Annual report of the Punjab Veterinary College and of the Civil Veterinary Department, Punjab - 1926-1932
Year: 1926
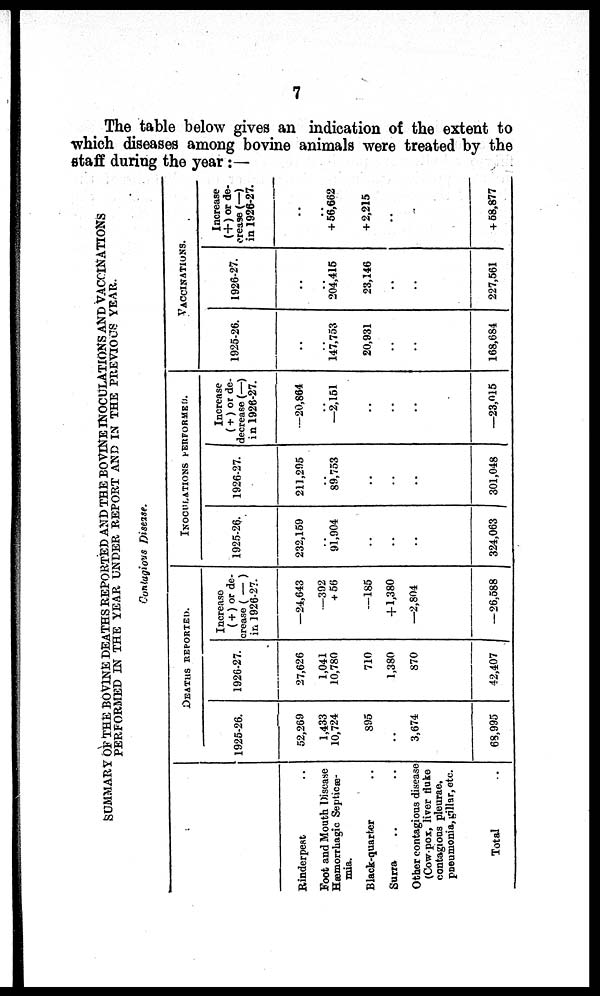
7
The table below gives an indication of the extent to
which diseases among bovine animals were treated by the
staff during the year:—
SUMMARY OF THE BOVINE DEATHS REPORTED AND THE BOVINE INOCULATIONS AND VACCINATIONS
PERFORMED IN THE YEAR UNDER REPORT AND IN THE PREVIOUS YEAR.
Contagious Disease.
Rinderpest ..
Foot and Mouth Discase
Hæmorrhagic Septicæ-
mia.
Black-quarter ..
Surra .. ..
Other contagious disease
(Cow-pox, liver fluke
contagious pleurae.
pneumonia, gillar, etc.
Total ..
DEATHS REPORTED.
1925-26.
52,269
1,433
10,724
895
..
3,674
68,995
1926-27.
27,626
1,041
10,780
710
1,380
870
42,407
Increase
(+) or de-
crease (—)
in 1926-27.
—24,643
—392
+ 56
—185
+ 1,380
—2,804
—26,588
INOCULATIONS PERFORMED.
1925-26.
232,159
..
91,904
..
..
..
324,063
1926-27.
211,295
..
89,753
..
..
..
301,048
Increase
(+) or de-
decrease (—)
in 1926-27.
—20,864
..
—2,151
..
..
..
—23,015
VACCINATIONS.
1925-26.
..
..
147,753
20,931
..
..
168,684
1926-27.
..
..
204,415
23,146
..
..
227,561
Increase
(+) or de-
crease (—)
in 1926-27.
..
..
+ 56,662
+ 2,215
..
..
+ 58,877